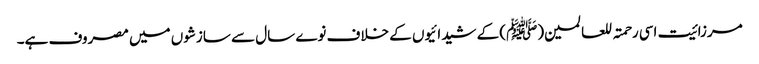
مرزائیت اسی رحمتہ للعالمین(ﷺ) کے شیدائیوں کے خلاف نوے سال سے سازشوں میں مصروف ہے۔